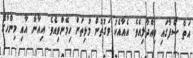
އަތް ސޯފާގައި ވިއްދާލިއެވެ. އެއާއެކު ވަގުތުން މުޅިތަން ހިމޭންވިއެވެ. އިއާން އާއި މިންހާގެ